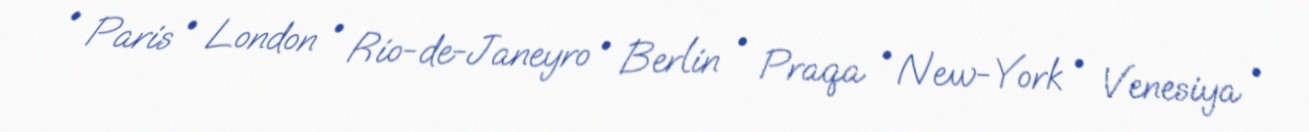
• Paris • London • Rio-de-Janeyro • Berlin • Praqa • New-York • Venesiya •